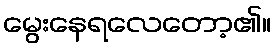
မွေးနေရလေတော့၏။